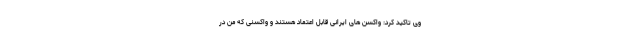
وی تاکید کرد: واکسن های ایرانی قابل اعتماد هستند و واکسنی که من در